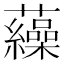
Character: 𧅂